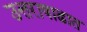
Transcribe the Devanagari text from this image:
उत्तराषाढात